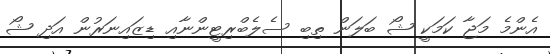
އެންމެ މަޖާ ކަމަކީ ޝޯ ބަލަން ތިބި ސެލެބްރިޓީންނާއި ޑިޒައިނަރުން އަދި ޝޯ